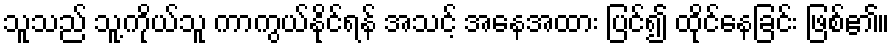
သူသည် သူ့ကိုယ်သူ ကာကွယ်နိုင်ရန် အသင့် အနေအထား ပြင်၍ ထိုင်နေခြင်း ဖြစ်၏။